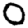
Digit: 0